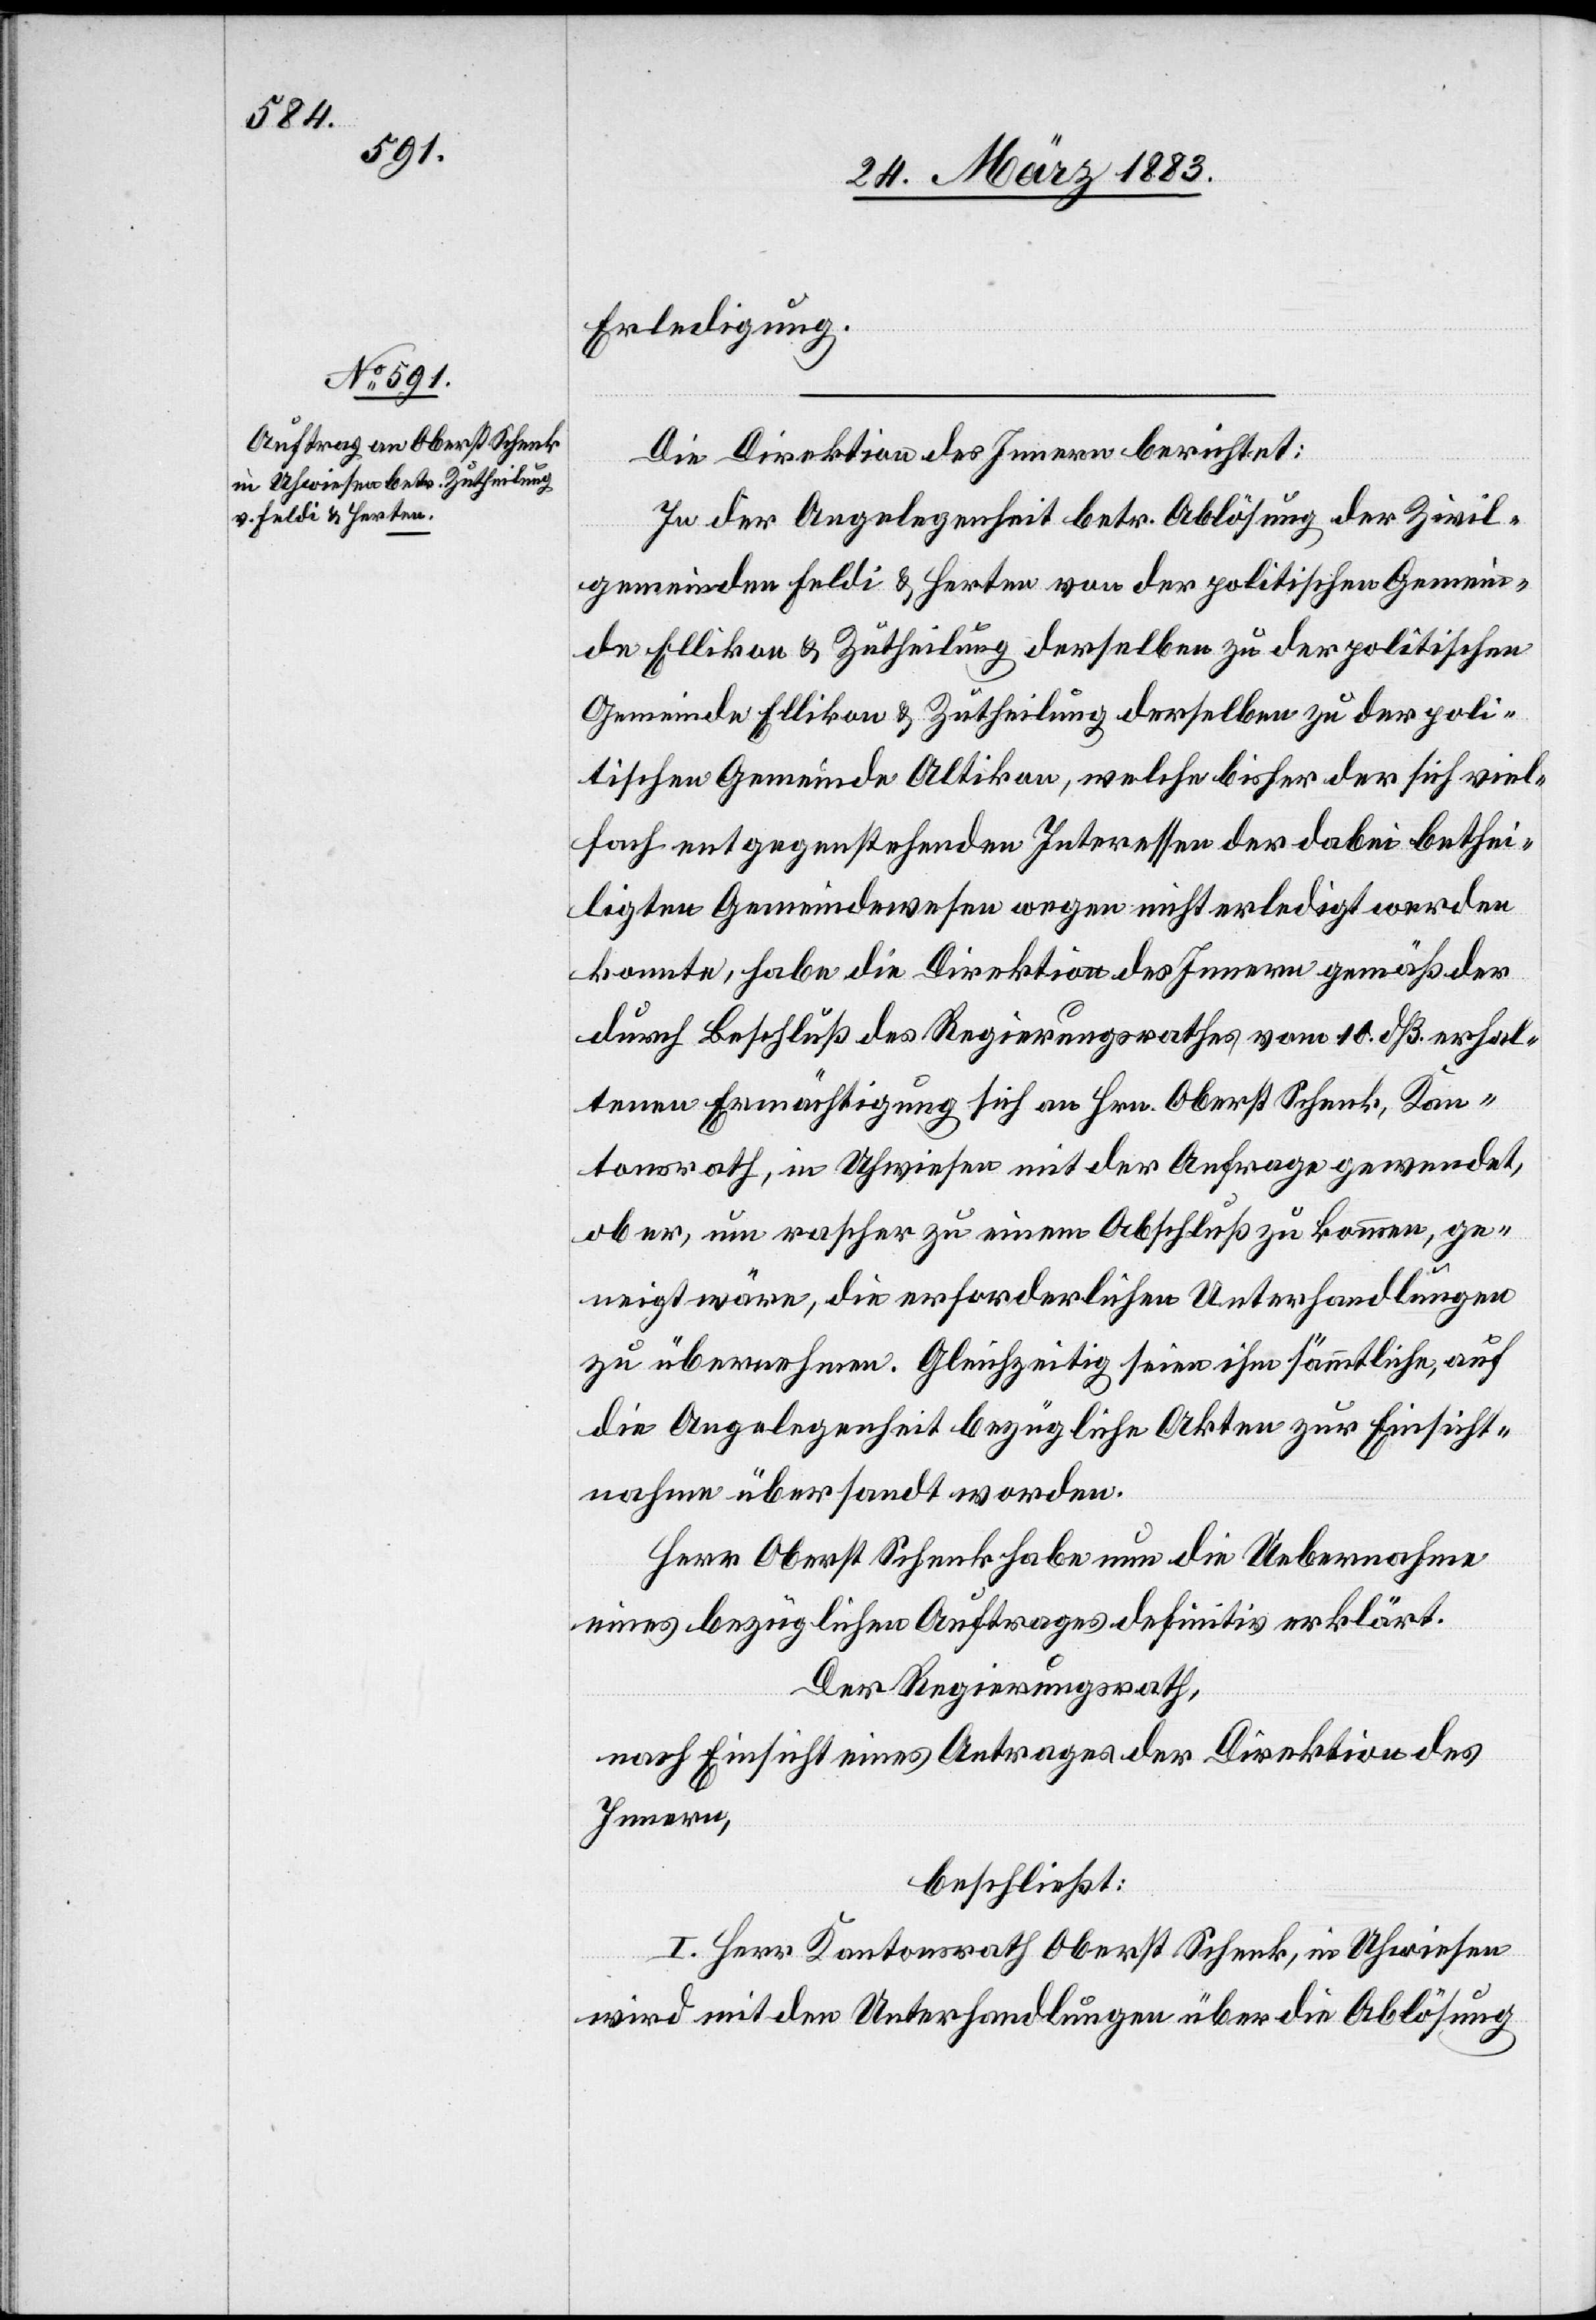
viel¬

28. März 1883.]
Erledigung.
Die Direktion des Innern berichtet:
In der Angelegenheit betr. Ablösung der Zivil¬
gemeinden Feldi & Herten von der politischen Gemein¬
de Ellikon & Zutheilung derselben zu der politischen
fach entgegenstehenden Interessen der dabei bethei¬
ligten Gemeindewesen wegen nicht erledigt werden
konnte, habe die Direktion des Innern gemäß der
durch Beschluß des Regierungsrathes vom 10. dß. erhal¬
tenen Ermächtigung sich an Hrn. Oberst Schenk, Kan¬
tonsrath, in Uhwiesen mit der Anfrage gewendet,
ob er, um rascher zu einem Abschluß zu kommen, ge¬
neigt wäre, die erforderlichen Unterhandlungen
zu übernehmen. Gleichzeitig seien ihm sämmtliche, auf
die Angelegenheit bezügliche Akten zur Einsicht¬
nahme übersandt worden.
Herr Oberst Schenk habe nun die Uebernahme
eines bezüglichen Auftrages definitiv erklärt.
Der Regierungsrath,
nach Einsicht eines Antrages der Direktion des
Innern,
beschließt:
I. Herr Kantonsrath Oberst Schenk, in Uhwiesen
wird mit den Unterhandlungen über die Ablösung